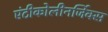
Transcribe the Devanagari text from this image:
एंटीकोलीनर्जिक्स